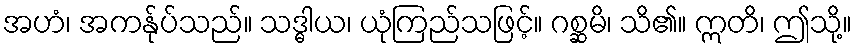
အဟံ၊ အကန်ုပ်သည်။ သဒ္ဓါယ၊ ယုံကြည်သဖြင့်။ ဂစ္ဆမိ၊ သိ၏။ ဣတိ၊ ဤသို့။